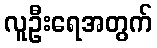
လူဦးရေအတွက်